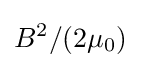
B^{2}/(2\mu _{0})